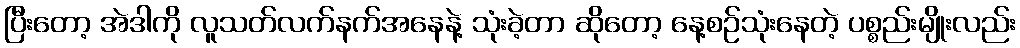
ပြီးတော့ အဲဒါကို လူသတ်လက်နက်အနေနဲ့ သုံးခဲ့တာ ဆိုတော့ နေ့စဉ်သုံးနေတဲ့ ပစ္စည်းမျိုးလည်း